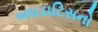
બઘડાટિસનો